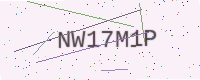
Text: NW17M1P